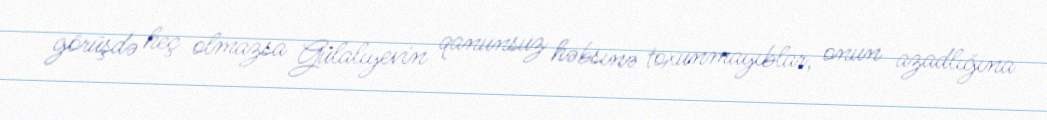
görüşdə heç olmazsa Gülalıyevin qanunsuz həbsinə toxunmayıblar, onun azadlığına